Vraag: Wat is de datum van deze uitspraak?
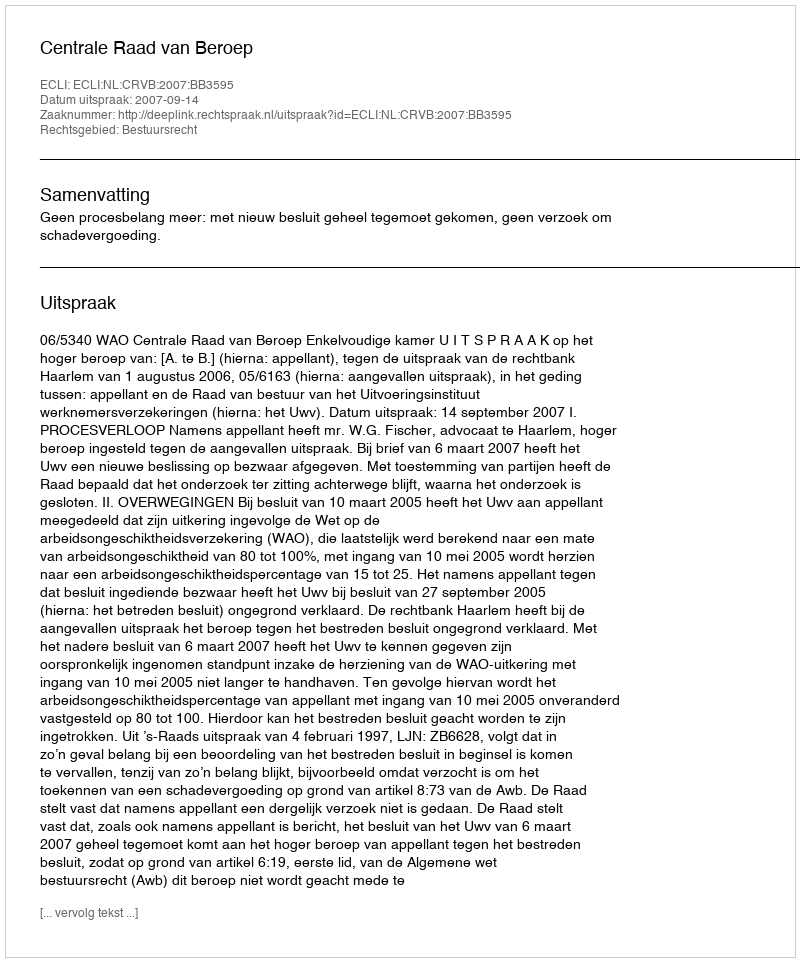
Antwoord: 2007-09-14